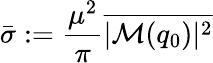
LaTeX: \bar{\sigma}:=\frac{\mu^{2}}{\pi}\overline{{|\mathcal{M}(q_{0})|^{2}}}